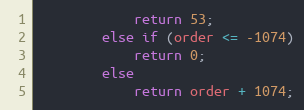
Language: C
            return 53;
        else if (order <= -1074)
            return 0;
        else
            return order + 1074;